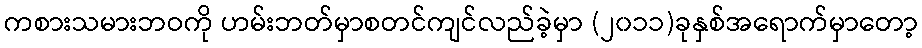
ကစားသမားဘဝကို ဟမ်းဘတ်မှာစတင်ကျင်လည်ခဲ့မှာ (၂၀၁၁)ခုနှစ်အရောက်မှာတော့